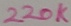
Text: 220K